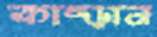
কাম্‌ড়ান